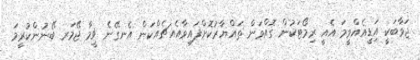
ޖަވާބަކީ އަިޑީއެއްވީމަ އެއީ ރިމޯޓަކުން ގޮއްވަން ތައްޔާރުކޮށްފައިވާއެއޗެއްކަން އެނގޭނެ ޥީމާ ޖޭމަރ ބޭނުންކުރީމަ